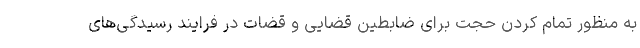
به منظور تمام کردن حجت برای ضابطین قضایی و قضات در فرایند رسیدگی‌های